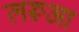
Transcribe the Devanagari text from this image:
लरूआ